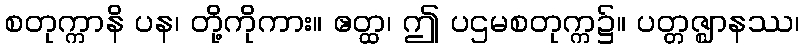
စတုက္ကာနိ ပန၊ တို့ကိုကား။ ဧတ္ထ၊ ဤ ပဌမစတုက္က၌။ ပတ္တဇ္ဈာနဿ၊